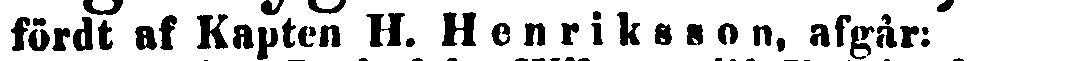
fördt af Kapten H. Henriksson, afgår: